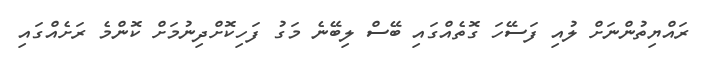
ރައްޔިތުންނަށް ލުއި ފަސޭހަ ގޮތެއްގައި ބޭސް ލިބޭނެ މަގު ފަހިކޮށްދިނުމަށް ކޮންމެ ރަށެއްގައި